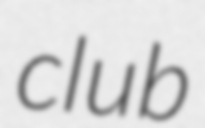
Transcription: club